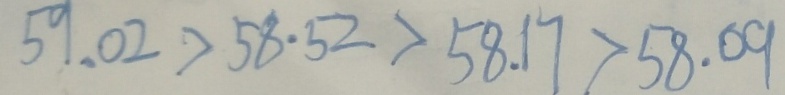
5 9 . 0 2 > 5 8 . 5 2 > 5 8 . 1 7 > 5 8 . 0 9